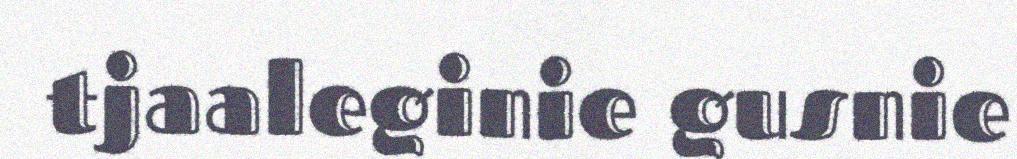
tjaaleginie gusnie